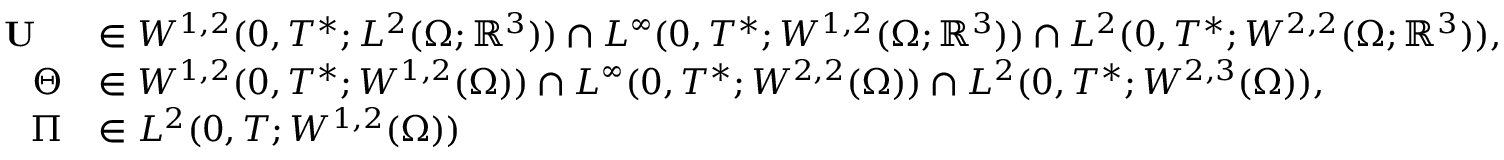
\begin{array} { r l } { \textbf { \textup { U } } } & { \in W ^ { 1 , 2 } ( 0 , T ^ { * } ; L ^ { 2 } ( \Omega ; \mathbb { R } ^ { 3 } ) ) \cap L ^ { \infty } ( 0 , T ^ { * } ; W ^ { 1 , 2 } ( \Omega ; \mathbb { R } ^ { 3 } ) ) \cap L ^ { 2 } ( 0 , T ^ { * } ; W ^ { 2 , 2 } ( \Omega ; \mathbb { R } ^ { 3 } ) ) , } \\ { \Theta } & { \in W ^ { 1 , 2 } ( 0 , T ^ { * } ; W ^ { 1 , 2 } ( \Omega ) ) \cap L ^ { \infty } ( 0 , T ^ { * } ; W ^ { 2 , 2 } ( \Omega ) ) \cap L ^ { 2 } ( 0 , T ^ { * } ; W ^ { 2 , 3 } ( \Omega ) ) , } \\ { \Pi } & { \in L ^ { 2 } ( 0 , T ; W ^ { 1 , 2 } ( \Omega ) ) } \end{array}